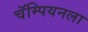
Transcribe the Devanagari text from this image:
चॅम्पियनला